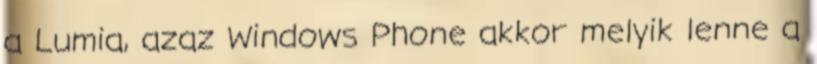
a Lumia, azaz Windows Phone akkor melyik lenne a